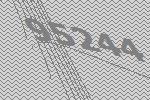
95244